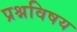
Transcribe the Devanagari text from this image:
प्रश्नविषय